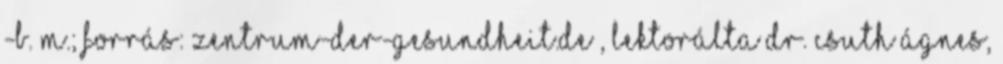
-B. M.; Forrás: zentrum-der-gesundheit.de , Lektorálta Dr. Csuth Ágnes,